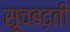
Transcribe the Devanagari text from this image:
सूचबढ़ती